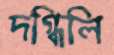
দগ্ধিলি